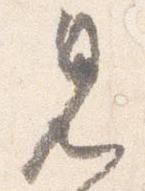
見